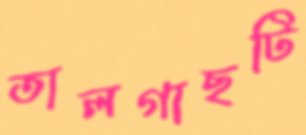
তালগাছটি